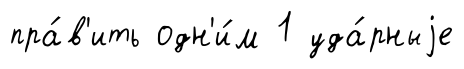
пра́в'ить одн'и́м 1 уда́рныjе